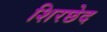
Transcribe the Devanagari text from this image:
शिरछेद